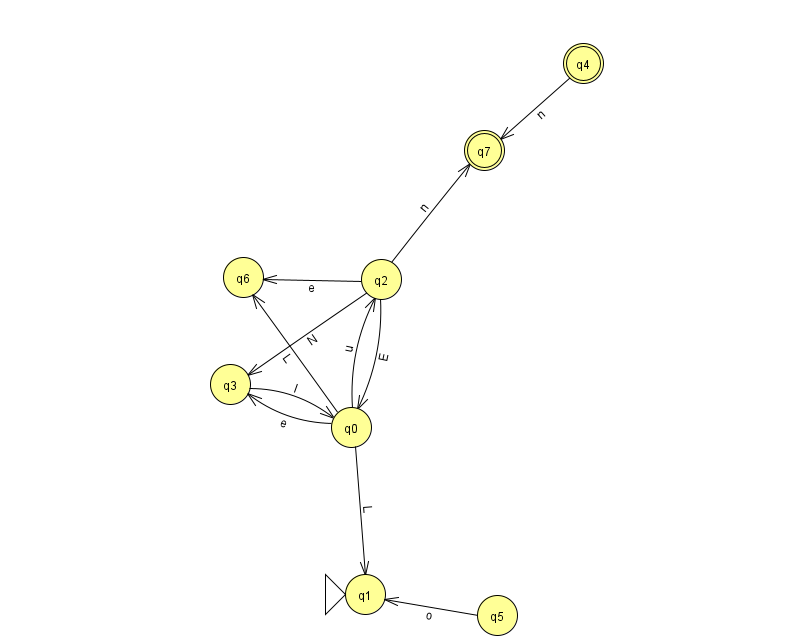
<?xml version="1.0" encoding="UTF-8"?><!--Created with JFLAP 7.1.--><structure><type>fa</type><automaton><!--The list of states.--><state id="0" name="q0"><x>351.0</x><y>414.0</y></state><state id="1" name="q1"><x>365.0</x><y>581.0</y><initial/></state><state id="2" name="q2"><x>381.0</x><y>266.0</y></state><state id="3" name="q3"><x>230.0</x><y>371.0</y></state><state id="4" name="q4"><x>583.0</x><y>50.0</y><final/></state><state id="5" name="q5"><x>497.0</x><y>602.0</y></state><state id="6" name="q6"><x>243.0</x><y>264.0</y></state><state id="7" name="q7"><x>484.0</x><y>137.0</y><final/></state><!--The list of transitions.--><transition><from>4</from><to>7</to><read>n</read></transition><transition><from>0</from><to>2</to><read>u</read></transition><transition><from>2</from><to>0</to><read>E</read></transition><transition><from>2</from><to>3</to><read>N</read></transition><transition><from>3</from><to>0</to><read>I</read></transition><transition><from>0</from><to>6</to><read>L</read></transition><transition><from>0</from><to>1</to><read>L</read></transition><transition><from>5</from><to>1</to><read>o</read></transition><transition><from>2</from><to>6</to><read>e</read></transition><transition><from>0</from><to>3</to><read>e</read></transition><transition><from>2</from><to>7</to><read>n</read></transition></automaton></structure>